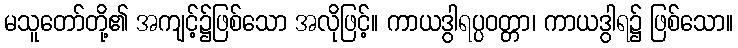
မသူတော်တို့၏ အကျင့်၌ဖြစ်သော အလိုဖြင့်။ ကာယဒွါရပ္ပဝတ္တာ၊ ကာယဒွါရ၌ ဖြစ်သော။